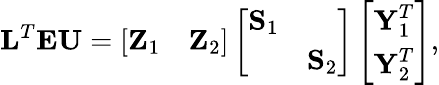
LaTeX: \begin{array}{r}{{\textbf L}^{T}{\textbf E}{\textbf U}=\left[\begin{array}{ll}{{\textbf Z}_{1}}&{{\textbf Z}_{2}}\end{array}\right]\left[\begin{array}{ll}{{\textbf S}_{1}}&\\ &{{\textbf S}_{2}}\end{array}\right]\left[\begin{array}{l}{{\textbf Y}_{1}^{T}}\\ {{\textbf Y}_{2}^{T}}\end{array}\right],}\end{array}